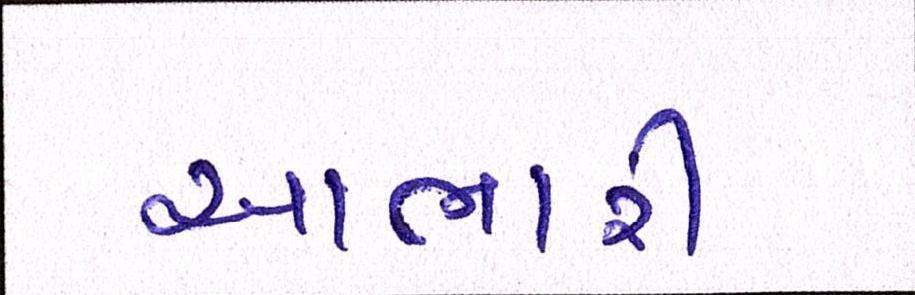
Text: આભારી